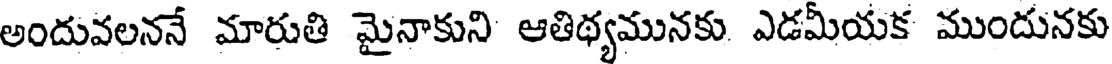
అందువలననే మారుతి మైనాకుని ఆతిథ్యమునకు ఎడమీయక ముందునకు